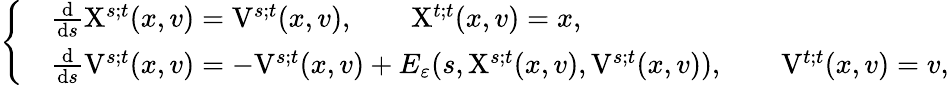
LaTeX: \left\{ \begin{array}{rl}&{\frac{\mathrm{d}}{\mathrm{d}s}\mathrm{X}^{s;t}(x,v)=\mathrm{V}^{s;t}(x,v),\qquad\mathrm{X}^{t;t}(x,v)=x,}\\ &{\frac{\mathrm{d}}{\mathrm{d}s}\mathrm{V}^{s;t}(x,v)=-\mathrm{V}^{s;t}(x,v)+E_{\varepsilon}(s,\mathrm{X}^{s;t}(x,v),\mathrm{V}^{s;t}(x,v)),\qquad\mathrm{V}^{t;t}(x,v)=v,}\end{array}\right.